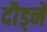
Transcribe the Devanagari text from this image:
दौड्ने